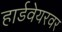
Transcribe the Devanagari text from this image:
हार्डवेयरवर